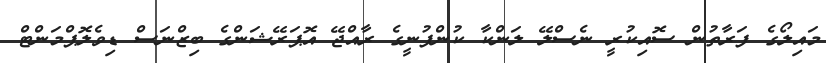
މައިލޯގެ ފަރާތުން ސޮއިކުރީ ނެސްލޭ ލަންކާ ކުންފުނީގެ ރާއްޖޭ އޮޕަރޭޝަންގެ ބިޒްނަސް ޑިވެލޮޕްމަންޓް